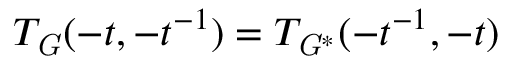
T _ { \mathit { G } } ( - t , - t ^ { - 1 } ) = T _ { \mathit { G } ^ { \ast } } ( - t ^ { - 1 } , - t )